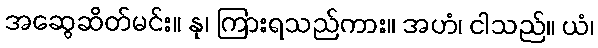
အဆွေဆိတ်မင်း။ နု၊ ကြားရသည်ကား။ အဟံ၊ ငါသည်။ ယံ၊